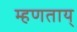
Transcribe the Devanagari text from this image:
म्हणताय्